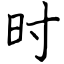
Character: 时